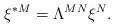
LaTeX: \begin{align*}\xi ^{*M}=\Lambda ^{MN}\xi ^{N}. \end{align*}